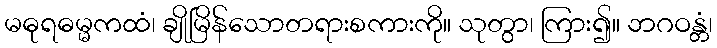
မဓုရဓမ္မကထံ၊ ချိုမြိန်သောတရားစကားကို။ သုတွာ၊ ကြား၍။ ဘဂဝန္တံ၊